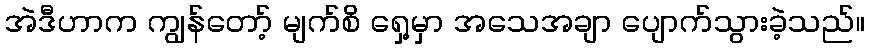
အဲဒီဟာက ကျွန်တော့် မျက်စိ ရှေ့မှာ အသေအချာ ပျောက်သွားခဲ့သည်။